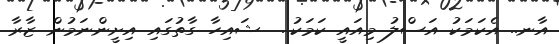
އާނ.. އެކަމަކު އަސްލު މިއައީ ކަަަމަކު..  ޝައިހާ ގާތުގައި އިށީންނަމުން ޒާރާ